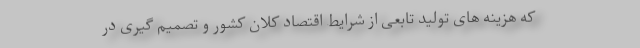
که هزینه های تولید تابعی از شرایط اقتصاد کلان کشور و تصمیم گیری در